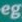
eg